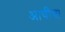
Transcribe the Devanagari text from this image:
आर्चीचा